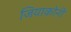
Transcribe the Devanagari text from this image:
जियाकोनी